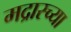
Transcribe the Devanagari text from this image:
मद्रास्च्या